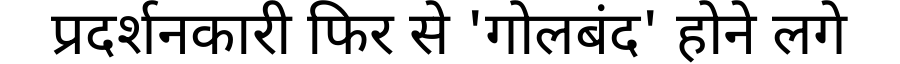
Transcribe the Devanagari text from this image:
प्रदर्शनकारी फिर से 'गोलबंद' होने लगे